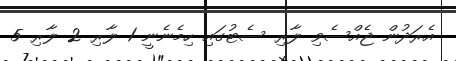
އެރަދުން ޖެއްސެވި ލާރި ސެޓުގައި ހިމެނެނީ 1 ލާރި 2 ލާރި 5